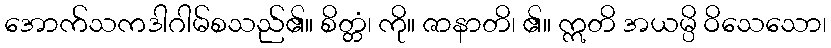
အောက်သကဒါဂါမ်စသည်၏။ စိတ္တံ၊ ကို။ ဇာနာတိ၊ ၏။ ဣတိ အယမ္ပိ ဝိသေသော၊